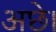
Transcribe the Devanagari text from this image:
अछे।